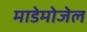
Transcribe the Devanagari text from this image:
माडेमोजेल